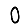
Digit: 0